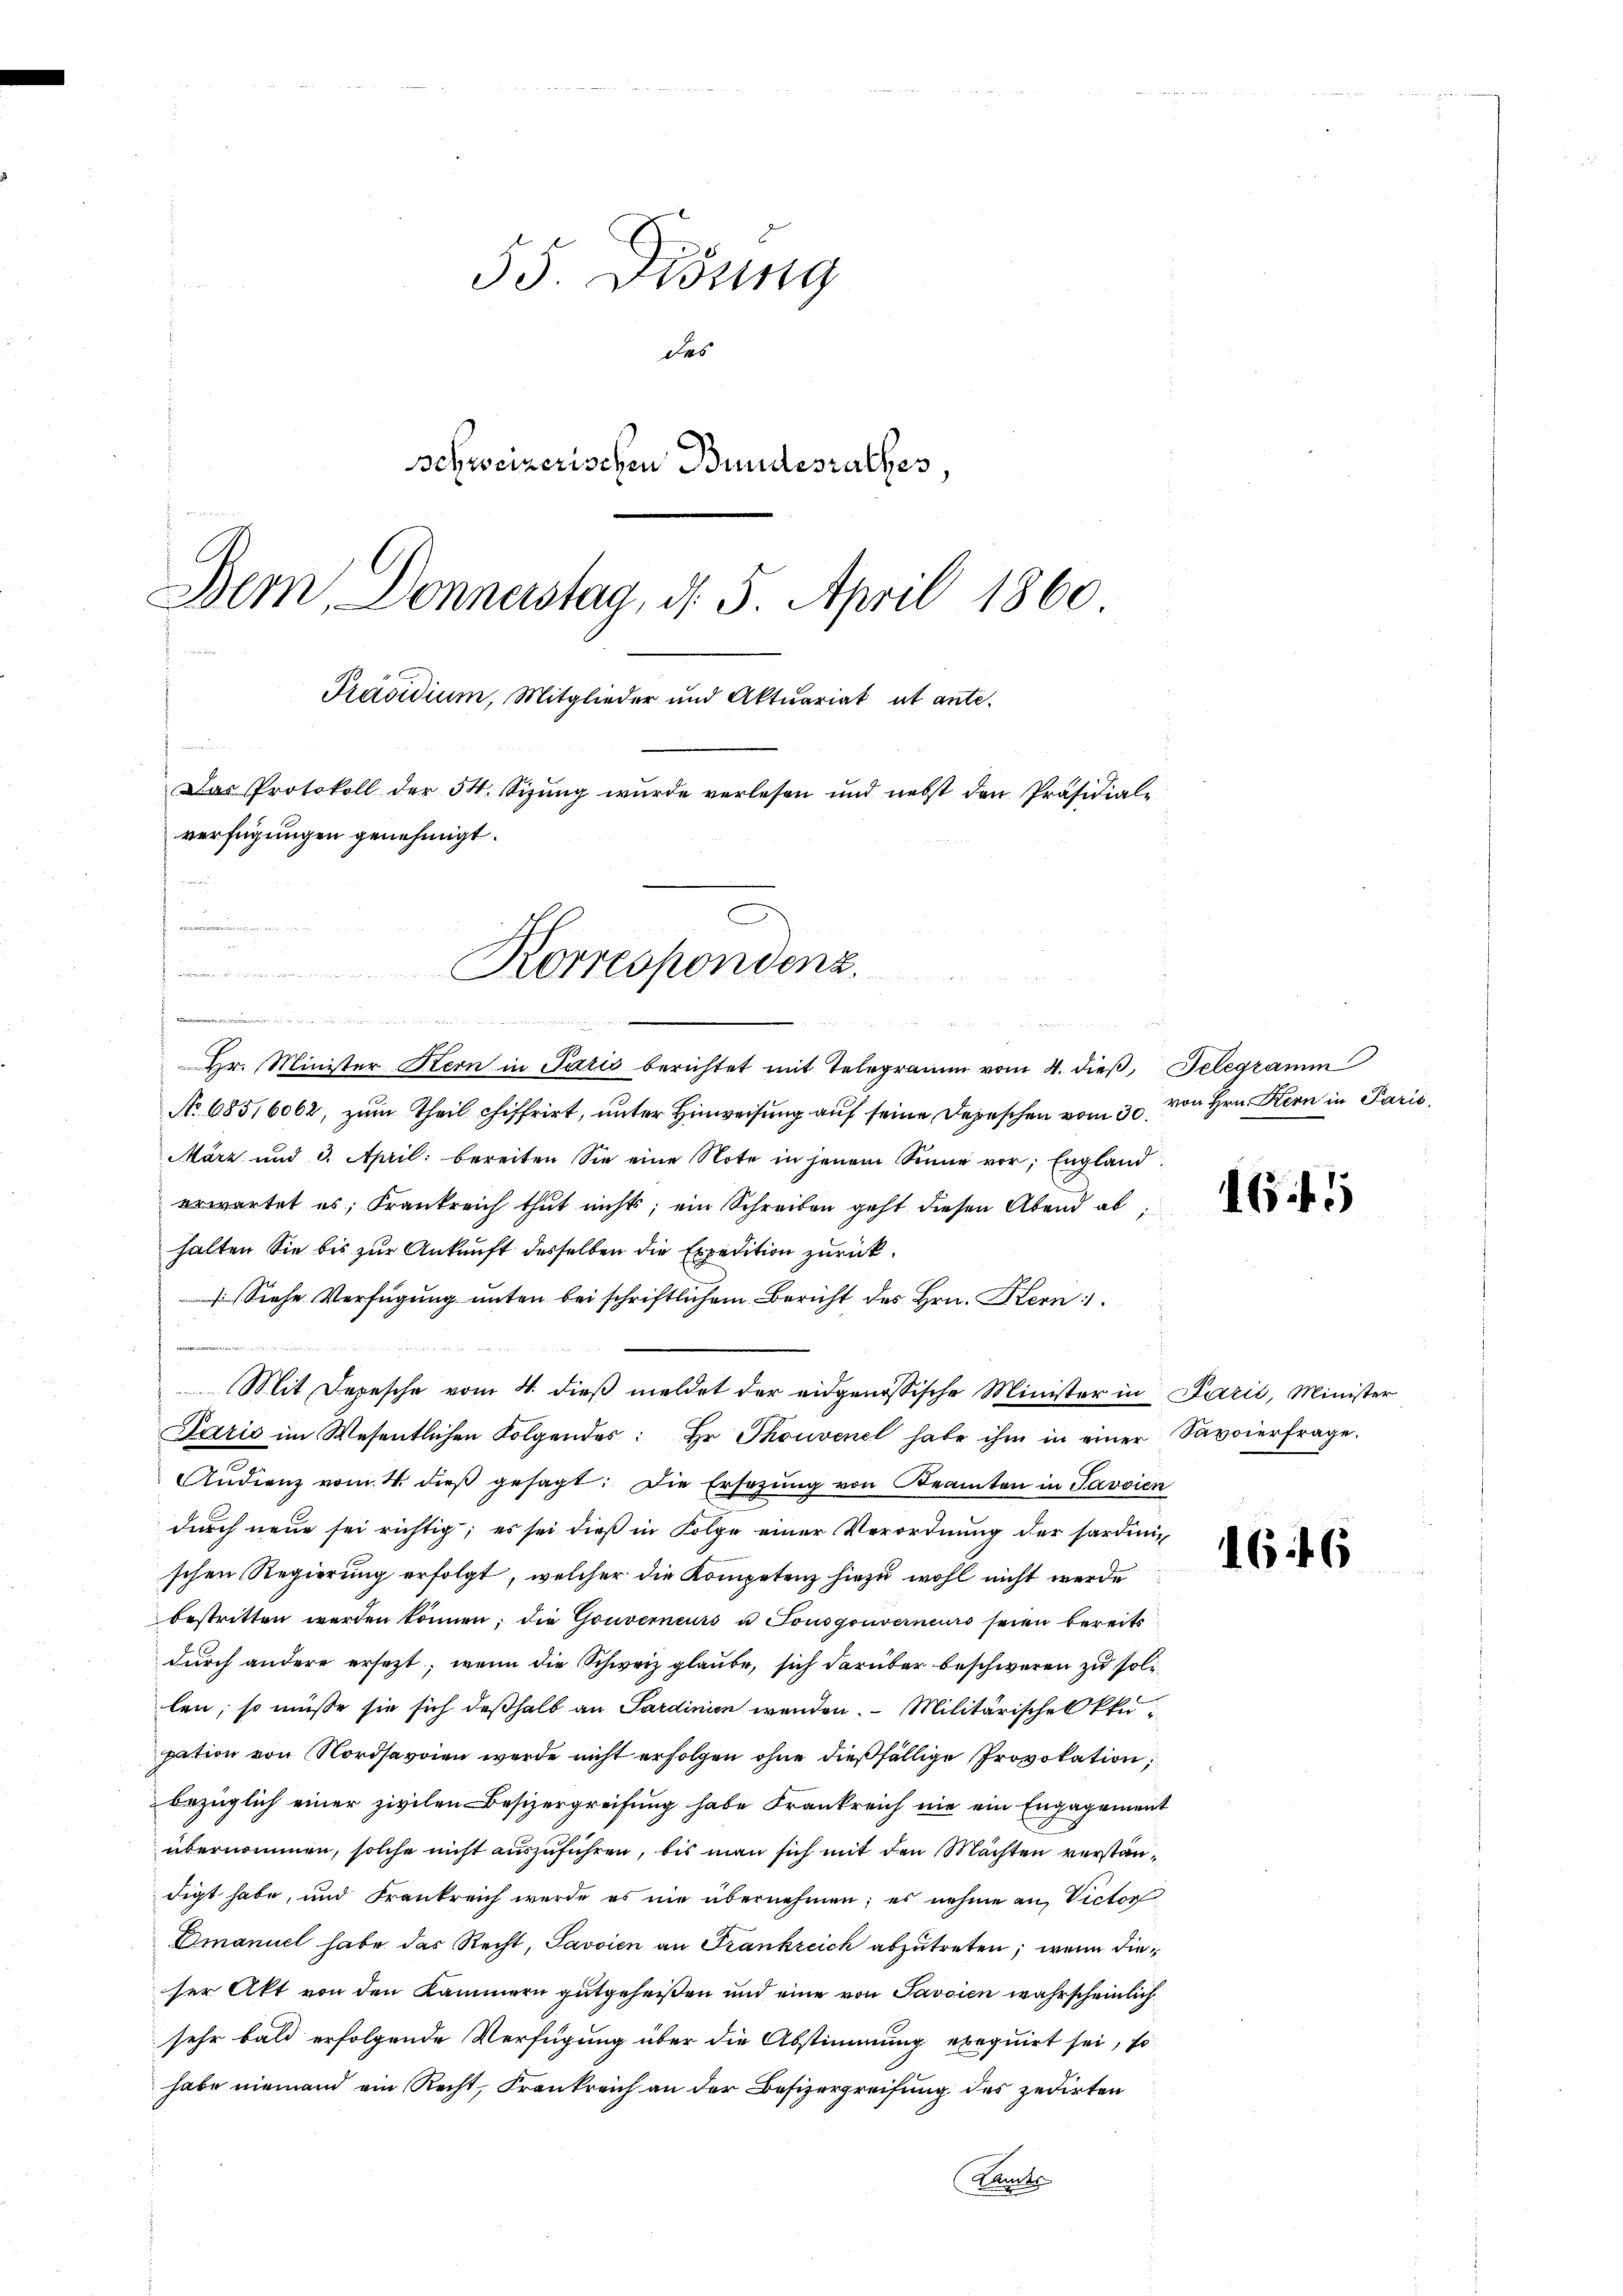
55. Didung
des
schweizerischen Bundesrathes,
 1
Dem Donnerstag, d. 5. April 1860
Präsidium, Mitglieder und Aktuariat ut antee
Das Protokoll der 54. Sizŭng wurde verlesen und nebst den Präsidiale
verfügungen genehmigt.

.
Hr. Minister Stern in Paris berichtet mit Telegramm vom 4. dieβ, Telegramm
No 685/6062, zum Theil chiffrirt, unter Hinweisung auf seine Depeschen vom 30. von Hrn. Kern in Paris,
März und 3. April: bereiten Sie eine Note in jenem Sinne vor; England.
erwartet es, Frankreich thut nicht; ein Schreiben geht diesen Abend ab
halten Sie bis zur Ankunft desselben die Expedition zurück¬
Siehe Verfügung unten bei schriftlichem Bericht des Hrn. Kern
Mit Depesche vom 4. dieβ meldet der eidgenössische Minister in Parić, Minister
Paris im Wesentlichen Folgendes: Hr. Thouvenel habe ihm in einer Savoierfrage.
Audienz vom 4. dieβ gesagt: Die Ersezung von Beamten in Javvien
durch neue sei richtig; es sei dieß in Folge einer Verordnung der hardinis
schen Regierung erfolgt, welcher die Kompetenz hiezu wohl nicht werde
bestritten werden können; die Gouverneurs u Tousgouverneurs seien bereits
durch andere ersezt; wenn die Schweiz glaube, sich darüber beschweren zu solilen, so müsse sie sich deßhalb an Sardinien werden. Militärischen klupation von Nordsavoien werde nicht erfolgen ohne dießfällige Provokation
bezüglich einer zivilen Besizergreifung habe Frankreich nie ein Engagement
übernommen, solche nicht auszuführen, bis man sich mit den Mächten verständigt habe, und Frankreich werde es nie übernehmen; es nehme an Victor
Emanuel habe das Recht, Javaien an Frankreich abzutreten; wenn dieser Akt von den Kammern gutgeheißen und eine von Savoien wahrscheinlich
sehr bald erfolgende Verfügung über die Abstimmung exequirt sei, so
habe niemand ein Recht, Frankreich an der Besizergreifung des zedirten
Kamts

da
Korrespondenz.
 e g in eingen die er die
n

1644

166